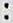
: